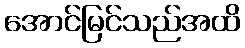
အောင်မြင်သည်အထိ